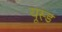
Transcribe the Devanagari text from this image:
यूस्ड